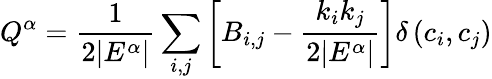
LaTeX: \displaystyle Q^{\alpha}=\frac{1}{2|E^{\alpha}|}\sum_{i,j}{\left[B_{i,j}-\frac{k_{i}k_{j}}{2|E^{\alpha}|}\right]}\delta\left(c_{i},c_{j}\right)